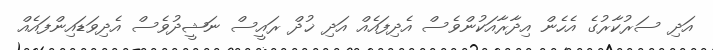
އަދި ސަރުކާރުގެ އެހެން އިދާރާއަކުންވެސް އެދިފައެއް އަދި ޚުދް ރައީސް ނަޝީދުވެސް އެދިވަޑައިންފައެއް